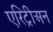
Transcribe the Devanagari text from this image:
एरिट्रीअन